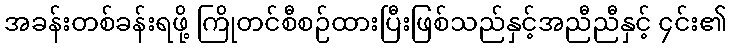
အခန်းတစ်ခန်းရဖို့ ကြိုတင်စီစဉ်ထားပြီးဖြစ်သည်နှင့်အညီညီနှင့် ၄င်း၏